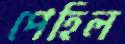
পেহিল